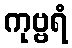
ကုဗ္ဗရံ